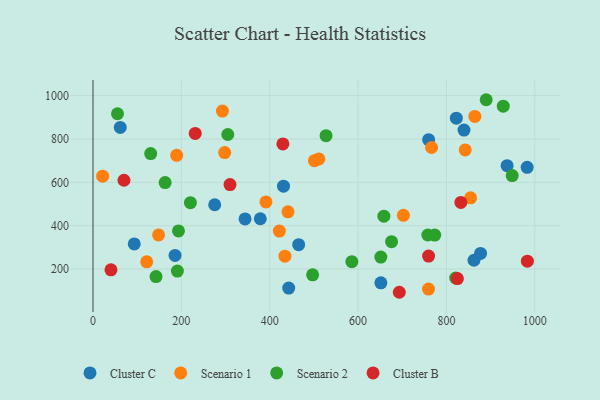
{"axis": {"x": "Ad Spend", "y": "Demand"}, "legend": ["Cluster B", "Cluster C", "Scenario 1", "Scenario 2"], "data": [{"x": "275.5", "y": 496.6, "type": "Cluster C"}, {"x": "443.0", "y": 112.6, "type": "Cluster C"}, {"x": "759.7", "y": 796.6, "type": "Cluster C"}, {"x": "839.7", "y": 840.9, "type": "Cluster C"}, {"x": "862.3", "y": 240.7, "type": "Cluster C"}, {"x": "431.2", "y": 582.2, "type": "Cluster C"}, {"x": "651.6", "y": 136.9, "type": "Cluster C"}, {"x": "937.3", "y": 676.8, "type": "Cluster C"}, {"x": "822.4", "y": 896.0, "type": "Cluster C"}, {"x": "93.4", "y": 316.2, "type": "Cluster C"}, {"x": "982.7", "y": 669.3, "type": "Cluster C"}, {"x": "378.7", "y": 432.1, "type": "Cluster C"}, {"x": "465.5", "y": 312.6, "type": "Cluster C"}, {"x": "61.7", "y": 853.1, "type": "Cluster C"}, {"x": "185.7", "y": 263.2, "type": "Cluster C"}, {"x": "877.2", "y": 272.0, "type": "Cluster C"}, {"x": "344.2", "y": 431.2, "type": "Cluster C"}, {"x": "421.8", "y": 375.4, "type": "Scenario 1"}, {"x": "189.4", "y": 724.4, "type": "Scenario 1"}, {"x": "298.1", "y": 737.4, "type": "Scenario 1"}, {"x": "702.6", "y": 448.1, "type": "Scenario 1"}, {"x": "434.5", "y": 259.5, "type": "Scenario 1"}, {"x": "21.8", "y": 628.5, "type": "Scenario 1"}, {"x": "391.4", "y": 509.8, "type": "Scenario 1"}, {"x": "121.6", "y": 233.5, "type": "Scenario 1"}, {"x": "842.5", "y": 749.4, "type": "Scenario 1"}, {"x": "441.4", "y": 464.2, "type": "Scenario 1"}, {"x": "511.1", "y": 707.9, "type": "Scenario 1"}, {"x": "864.3", "y": 903.7, "type": "Scenario 1"}, {"x": "501.2", "y": 699.9, "type": "Scenario 1"}, {"x": "766.3", "y": 760.7, "type": "Scenario 1"}, {"x": "293.0", "y": 928.7, "type": "Scenario 1"}, {"x": "148.4", "y": 357.5, "type": "Scenario 1"}, {"x": "854.7", "y": 528.7, "type": "Scenario 1"}, {"x": "759.4", "y": 108.0, "type": "Scenario 1"}, {"x": "820.9", "y": 159.0, "type": "Scenario 2"}, {"x": "130.6", "y": 732.4, "type": "Scenario 2"}, {"x": "55.5", "y": 916.3, "type": "Scenario 2"}, {"x": "675.8", "y": 326.3, "type": "Scenario 2"}, {"x": "497.1", "y": 173.5, "type": "Scenario 2"}, {"x": "163.3", "y": 598.9, "type": "Scenario 2"}, {"x": "305.1", "y": 820.6, "type": "Scenario 2"}, {"x": "527.5", "y": 815.2, "type": "Scenario 2"}, {"x": "757.8", "y": 357.2, "type": "Scenario 2"}, {"x": "191.0", "y": 190.8, "type": "Scenario 2"}, {"x": "142.7", "y": 165.7, "type": "Scenario 2"}, {"x": "585.9", "y": 234.4, "type": "Scenario 2"}, {"x": "773.5", "y": 357.0, "type": "Scenario 2"}, {"x": "193.5", "y": 376.2, "type": "Scenario 2"}, {"x": "890.0", "y": 980.9, "type": "Scenario 2"}, {"x": "658.4", "y": 443.9, "type": "Scenario 2"}, {"x": "220.5", "y": 506.0, "type": "Scenario 2"}, {"x": "651.5", "y": 255.5, "type": "Scenario 2"}, {"x": "948.8", "y": 631.3, "type": "Scenario 2"}, {"x": "928.6", "y": 951.1, "type": "Scenario 2"}, {"x": "824.8", "y": 156.4, "type": "Cluster B"}, {"x": "832.7", "y": 507.6, "type": "Cluster B"}, {"x": "70.1", "y": 609.6, "type": "Cluster B"}, {"x": "693.3", "y": 93.1, "type": "Cluster B"}, {"x": "310.1", "y": 589.5, "type": "Cluster B"}, {"x": "429.8", "y": 777.1, "type": "Cluster B"}, {"x": "231.4", "y": 825.5, "type": "Cluster B"}, {"x": "40.7", "y": 196.4, "type": "Cluster B"}, {"x": "983.2", "y": 236.6, "type": "Cluster B"}, {"x": "759.6", "y": 260.1, "type": "Cluster B"}]}